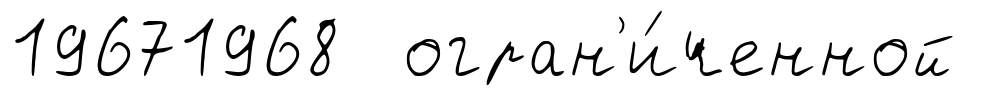
19671968 огран'и́ченной